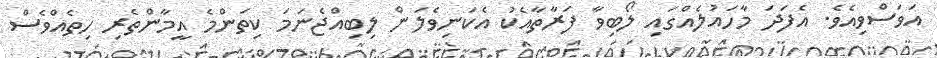
އަވަސްވިއެވެ. އެފަދަ މާހައުލެއްގައި ލޯބިވާ ފަރާތާއެކު އެކަނިވެލަން ލިބިއްޖެނަމަ ކިތަންމެ އީމާންތެރި ހިތެއްވެސް